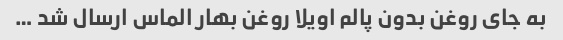
به جای روغن بدون پالم اویلا روغن بهار الماس ارسال شد …